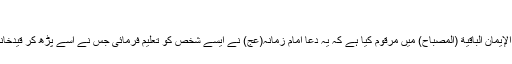
[3]
کفعمی اپنی کتاب جُنةُ الأمان الواقیة وجَنةُ الإیمان الباقیة (المصباح) میں مرقوم کیا ہے کہ یہ دعا امام زمانہ(عج) نے ایسے شخص کو تعلیم فرمائی جس نے اسے پڑھ کر قیدخانے کی صعوبتیں جھیلنے سے نجات پائی۔